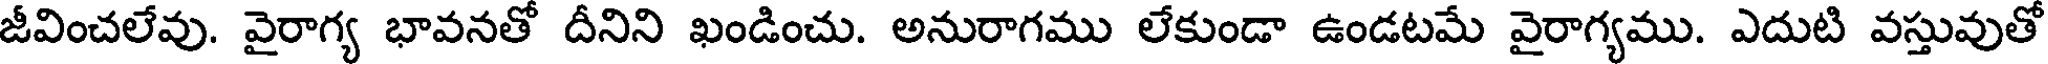
జీవించలేవు. వైరాగ్య భావనతో దీనిని ఖండించు. అనురాగము లేకుండా ఉండటమే వైరాగ్యము. ఎదుటి వస్తువుతో